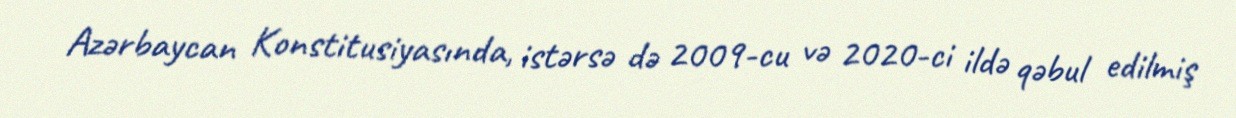
Azərbaycan Konstitusiyasında, istərsə də 2009-cu və 2020-ci ildə qəbul edilmiş